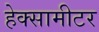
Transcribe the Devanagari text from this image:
हेक्सामीटर